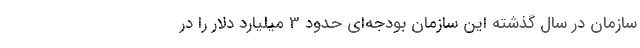
سازمان در سال گذشته این سازمان بودجه‌ای حدود 3 میلیارد دلار را در